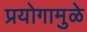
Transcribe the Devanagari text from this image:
प्रयोगामुळे